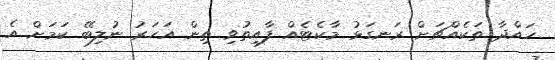
ހައްދާ ތަކެއްޗަށް ރަނގަޅު މާކެޓެއް ފާއިތުވި ތިން އަހަރު ނުލިބޭ ކަމަށް އެ